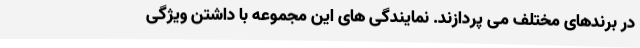
در برندهای مختلف می پردازند. نمایندگی های این مجموعه با داشتن ویژگی